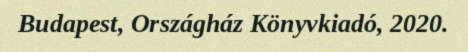
Budapest, Országház Könyvkiadó, 2020.